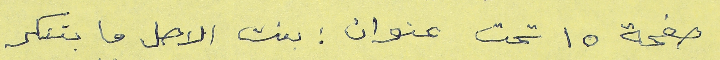
صفحة ١٥ تحت عنوان : بنت الاصل ما بتنكر